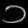
Digit: ၁